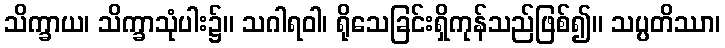
သိက္ခာယ၊ သိက္ခာသုံပါး၌။ သဂါရဝါ၊ ရိုသေခြင်းရှိကုန်သည်ဖြစ်၍။ သပ္ပတိဿာ၊